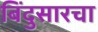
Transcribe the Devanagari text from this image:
बिंदुसारचा